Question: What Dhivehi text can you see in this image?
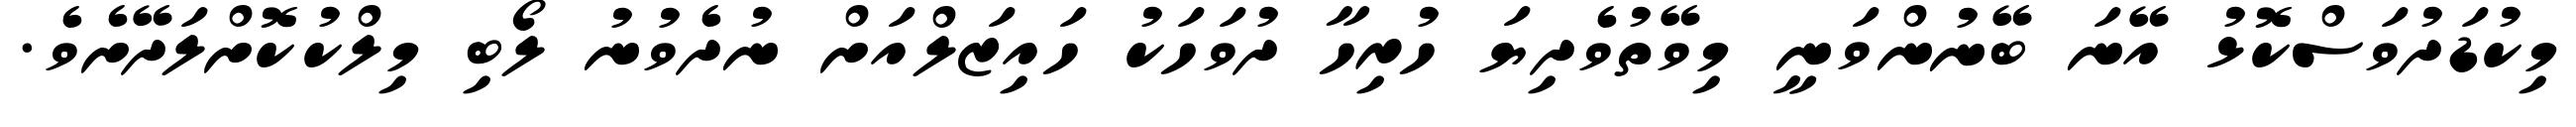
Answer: މިކުޑަދުވަސްކޮޅު އޭނަ ބޭނުންވަނީ މިވޭތުވެދިޔަ ހުރިހާ ދުވަހަކު ހައިޒަލްއަށް ނުދެވުނު ލޯބި މިލްކުކޮށްލަދޭށެވެ.